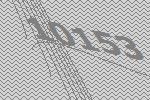
10153